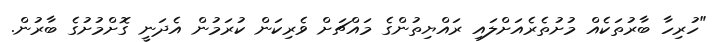
"ހުރިހާ ބާރުތަކެއް މުށުތެރެއަށްލައި ރައްޔިތުންގެ މައްޗަށް ވެރިކަން ކުރަމުން އެދަނީ ގޮށްމުށުގެ ބާރުން.